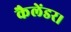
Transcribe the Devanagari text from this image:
कैलेंडर।